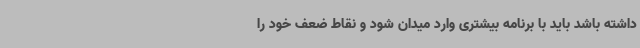
داشته باشد باید با برنامه بیشتری وارد میدان شود و نقاط ضعف خود را